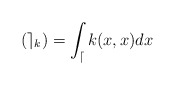
\begin{align*} (\mathcal{e}_k) = \int_{\mathcal{d}}k(x,x)dx\end{align*}